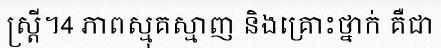
ស្ត្រី។4 ភាពស្មុគស្មាញ និងគ្រោះថ្នាក់ គឺជា